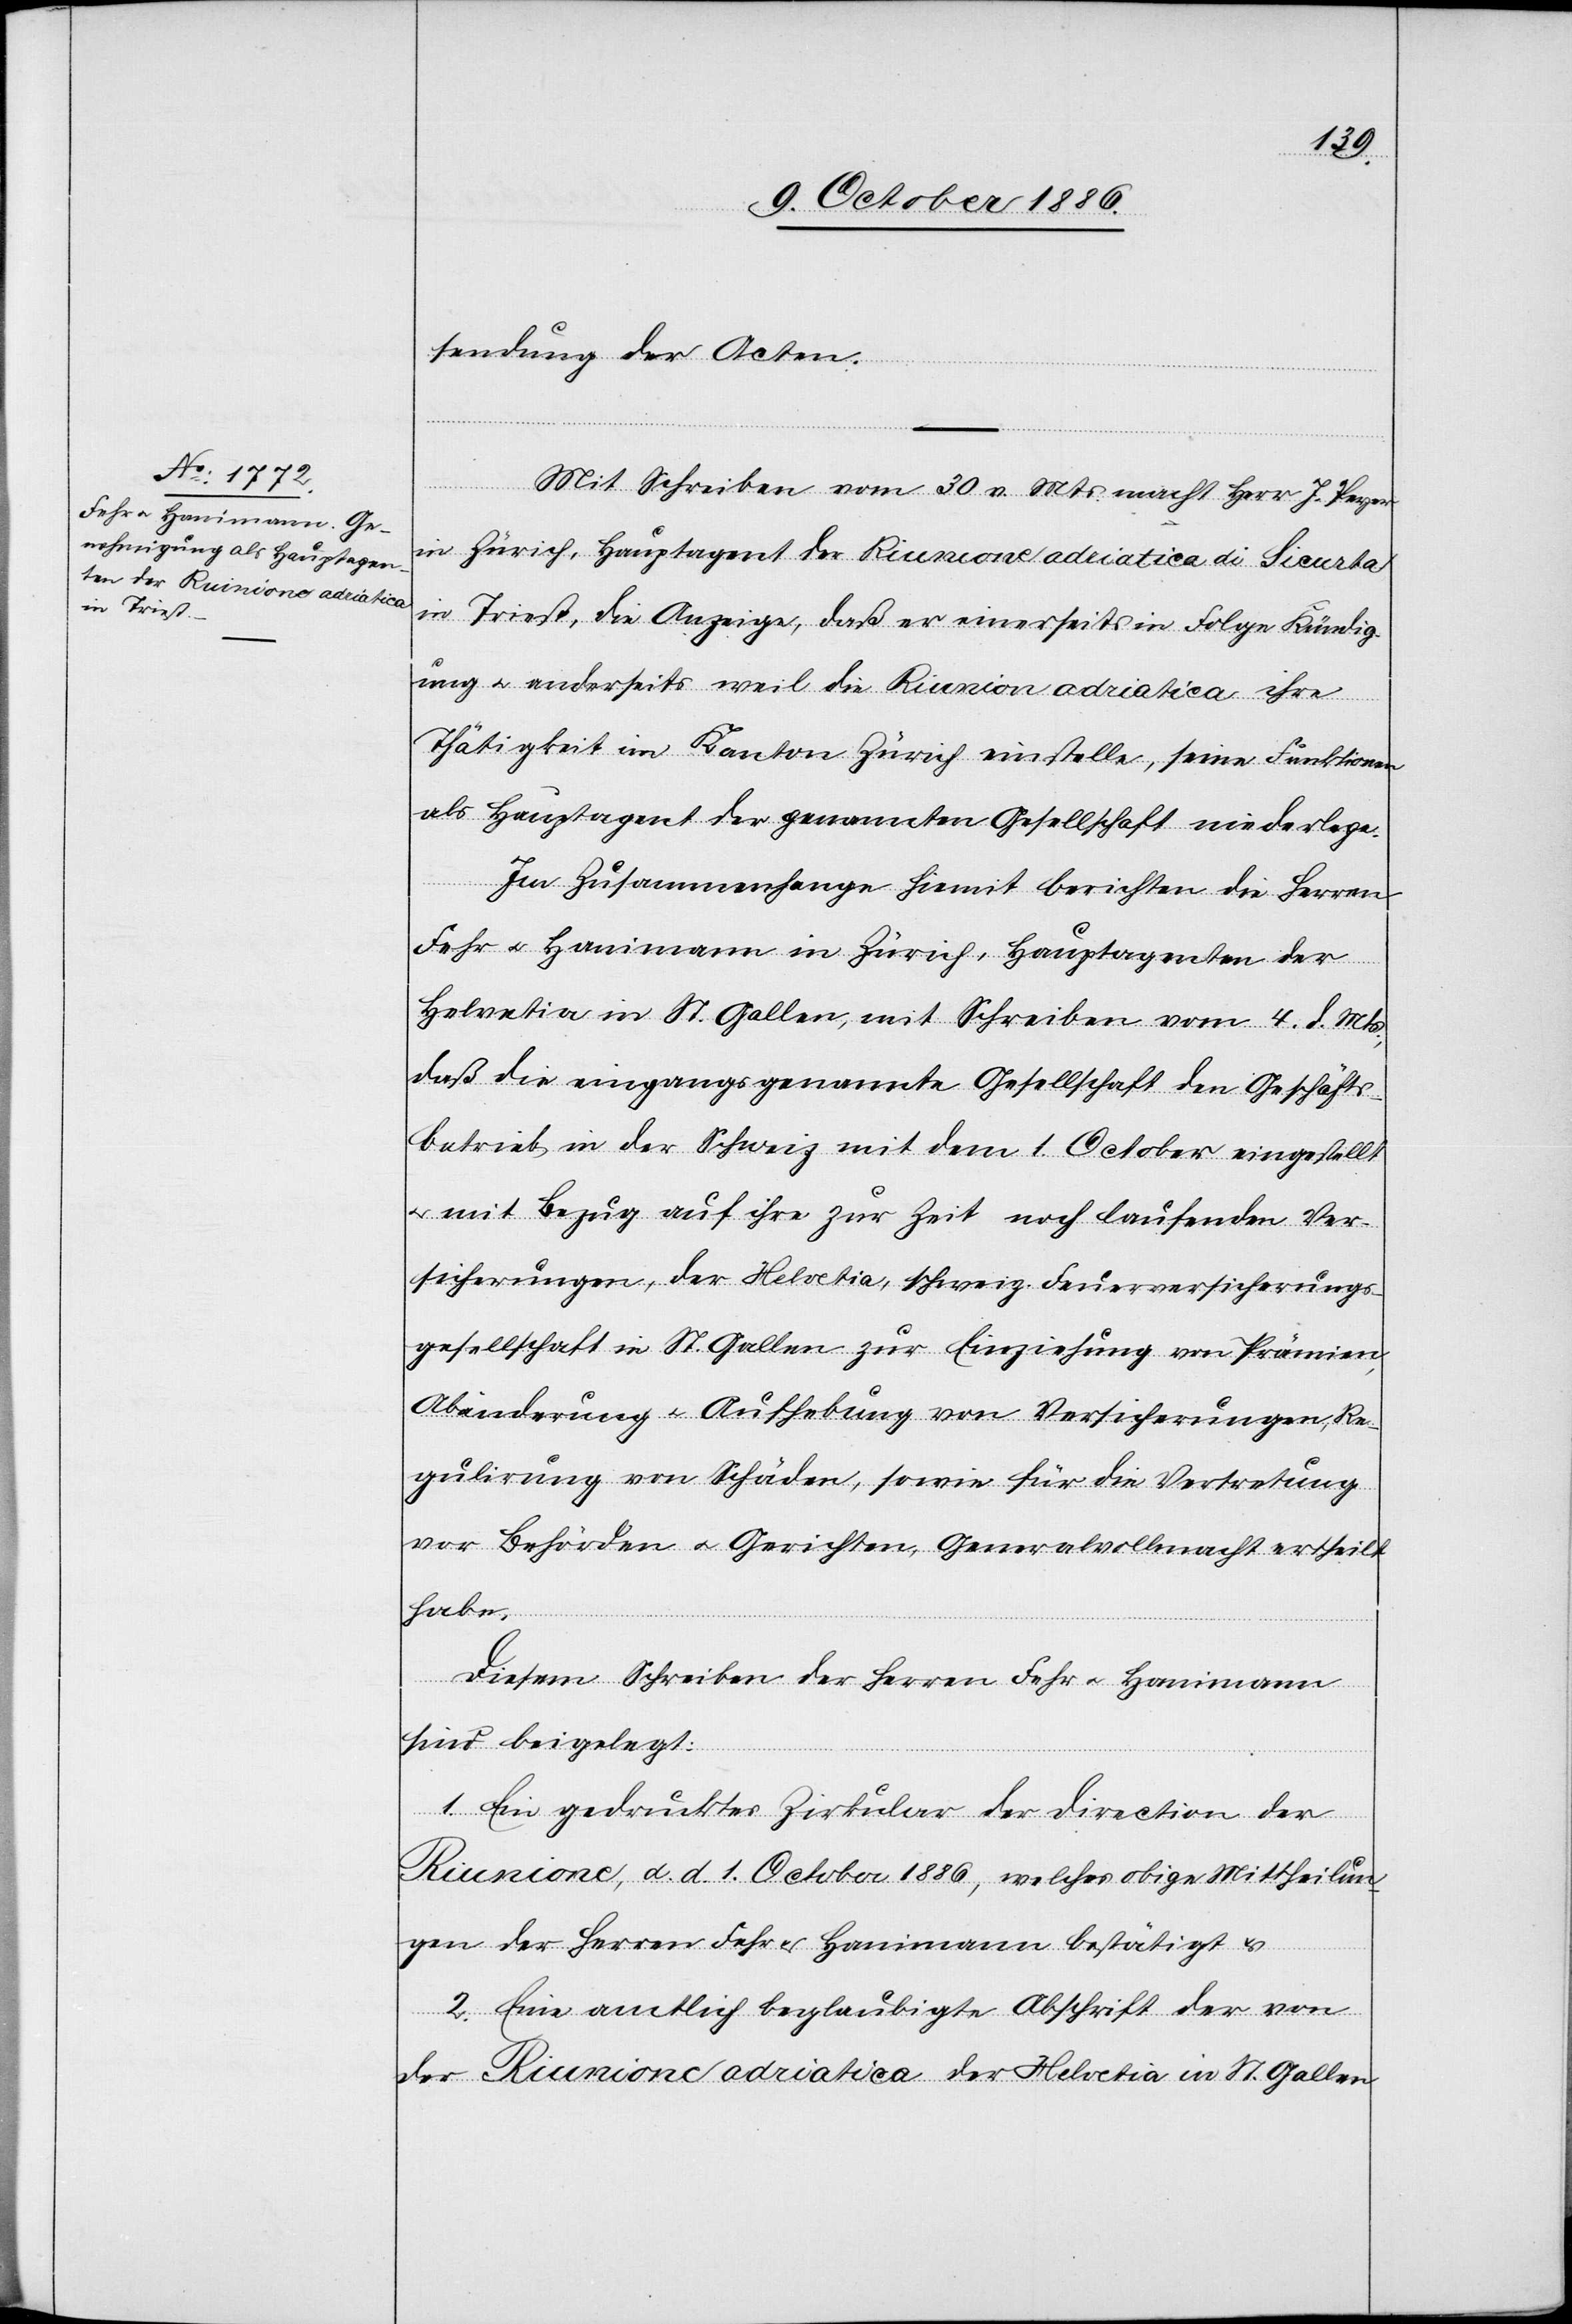
sendung der Acten.
Mit Schreiben vom 30. v. Mts. macht Herr J. Peyer
in Zürich, Hauptagent der Riunione adriatica di Sicurta
in Triest, die Anzeige, daß er einerseits in Folge Kündig¬
ung & anderseits weil die Riunion[e] adriatica ihre
Thätigkeit im Kanton Zürich einstelle, seine Funktionen
als Hauptagent der genannten Gesellschaft niederlege.
Im Zusammenhange hiemit berichten die Herren
Fehr & Hanimann in Zürich, Hauptagenten der
Helvetia in St. Gallen, mit Schreiben vom 4. d. Mts.,
daß die eingangs genannte Gesellschaft den Geschäfts¬
betrieb in der Schweiz mit dem 1. October eingestellt
& mit Bezug auf ihre zur Zeit noch laufenden Ver¬
sicherungen, der Helvetia, schweiz. Feuerversicherungs¬
gesellschaft in St. Gallen zur Einziehung von Prämien,
Abänderung & Aufhebung von Versicherungen, Re¬
gulierung von Schäden, sowie für die Vertretung
vor Behörden & Gerichten, Generalvollmacht ertheilt
habe.
Diesem Schreiben der Herren Fehr & Hanimann
sind beigelegt:
1. Ein gedrucktes Zirkular der Direction der
Riunione, d. d. 1. October 1886, welches obige Mittheilun¬
gen der Herren Fehr & Hanimann bestätigt &
2. Eine amtlich beglaubigte Abschrift der von
der Riunione adriatica der Helvetia in St. Gallen